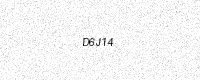
Text: D6J14